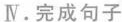
Ⅳ.完成句子